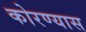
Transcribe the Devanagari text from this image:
कोरण्यास